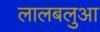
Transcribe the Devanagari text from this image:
लालबलुआ